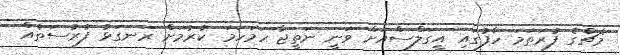
މެޗްގެ ފުރަތަމަ ހާފުގައި އީގަލްސްއަށް ވަނީ ނަތީޖާ ހަމަހަމަ ކުރުމަށް ރަނގަޅު ފުރުސަތެއް